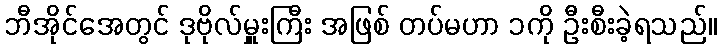
ဘီအိုင်အေတွင် ဒုဗိုလ်မှူးကြီး အဖြစ် တပ်မဟာ ၁ကို ဦးစီးခဲ့ရသည်။